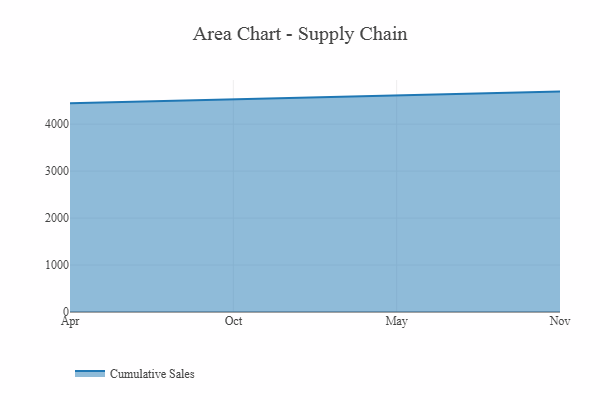
{"axis": {"x": "Month", "y": "Waste Production (Tons)"}, "legend": ["Cumulative Sales"], "data": [{"x": "Apr", "y": 4445.8, "type": "Cumulative Sales"}, {"x": "Oct", "y": 4528.6, "type": "Cumulative Sales"}, {"x": "May", "y": 4622.1, "type": "Cumulative Sales"}, {"x": "Nov", "y": 4693.2, "type": "Cumulative Sales"}]}